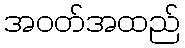
အဝတ်အထည်